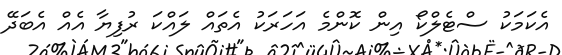
އެކަމަކު ސްޓެލްކޯ އިން ކޮންމެ އަހަރަކު އެތައް ލައްކަ ރުފިޔާ އެއް އެބަދޭ